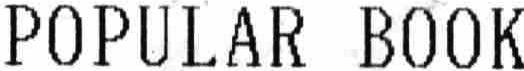
POPULAR BOOK